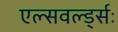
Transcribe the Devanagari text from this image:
एल्सवर्ल्ड्सः